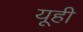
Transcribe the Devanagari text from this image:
यूही